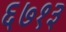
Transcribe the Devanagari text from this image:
६७१३